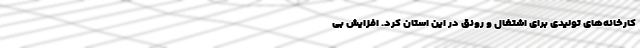
کارخانه‌های تولیدی برای اشتغال و رونق در این استان کرد. افزایش بی